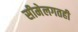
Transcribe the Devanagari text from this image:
सीमेलगतही